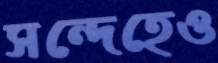
সন্দেহেও